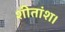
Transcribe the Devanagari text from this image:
शीतांश।